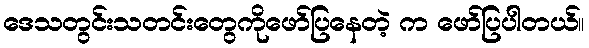
ဒေသတွင်းသတင်းတွေကိုဖော်ပြနေတဲ့ က ဖော်ပြပါတယ်။